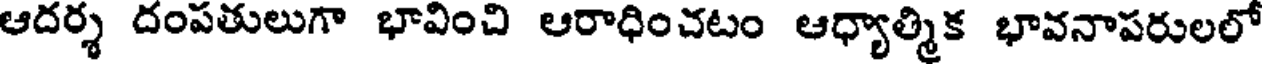
ఆదర్శ దంపతులుగా భావించి ఆరాధించటం ఆధ్యాత్మిక భావనాపరులలో